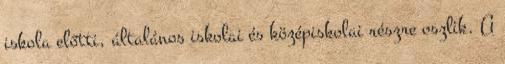
iskola előtti, általános iskolai és középiskolai részre oszlik. A